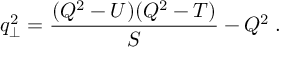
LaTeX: q _ { \perp } ^ { 2 } = \frac { ( Q ^ { 2 } - U ) ( Q ^ { 2 } - T ) } { S } - Q ^ { 2 } \; .